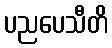
ပညပေသီတိ